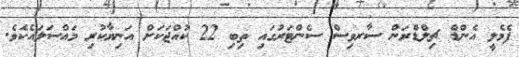
ފެމެލީ އެންޑް ޗިލްޑްރަން ސާރވިސް ސެންޓަރުގައި ތިބި 22 ކުއްޖަކަށް އަނިޔާކުރި މައްސަލައެކެވެ.